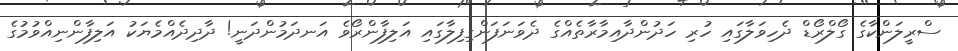
ސްރީލަންކާގެ ގޯލްރޯޑް ދެހިވަލާގައި ހުރި ހަދުންދާއިމާރާތެއްގެ ދެވަނަފަންގިފިލާގައި އަލިފާންރޯވެ އަނދަމުންދަނީ! ދާދިދެއްމެޔަކު އަލިފާންނިއްވުމުގެ